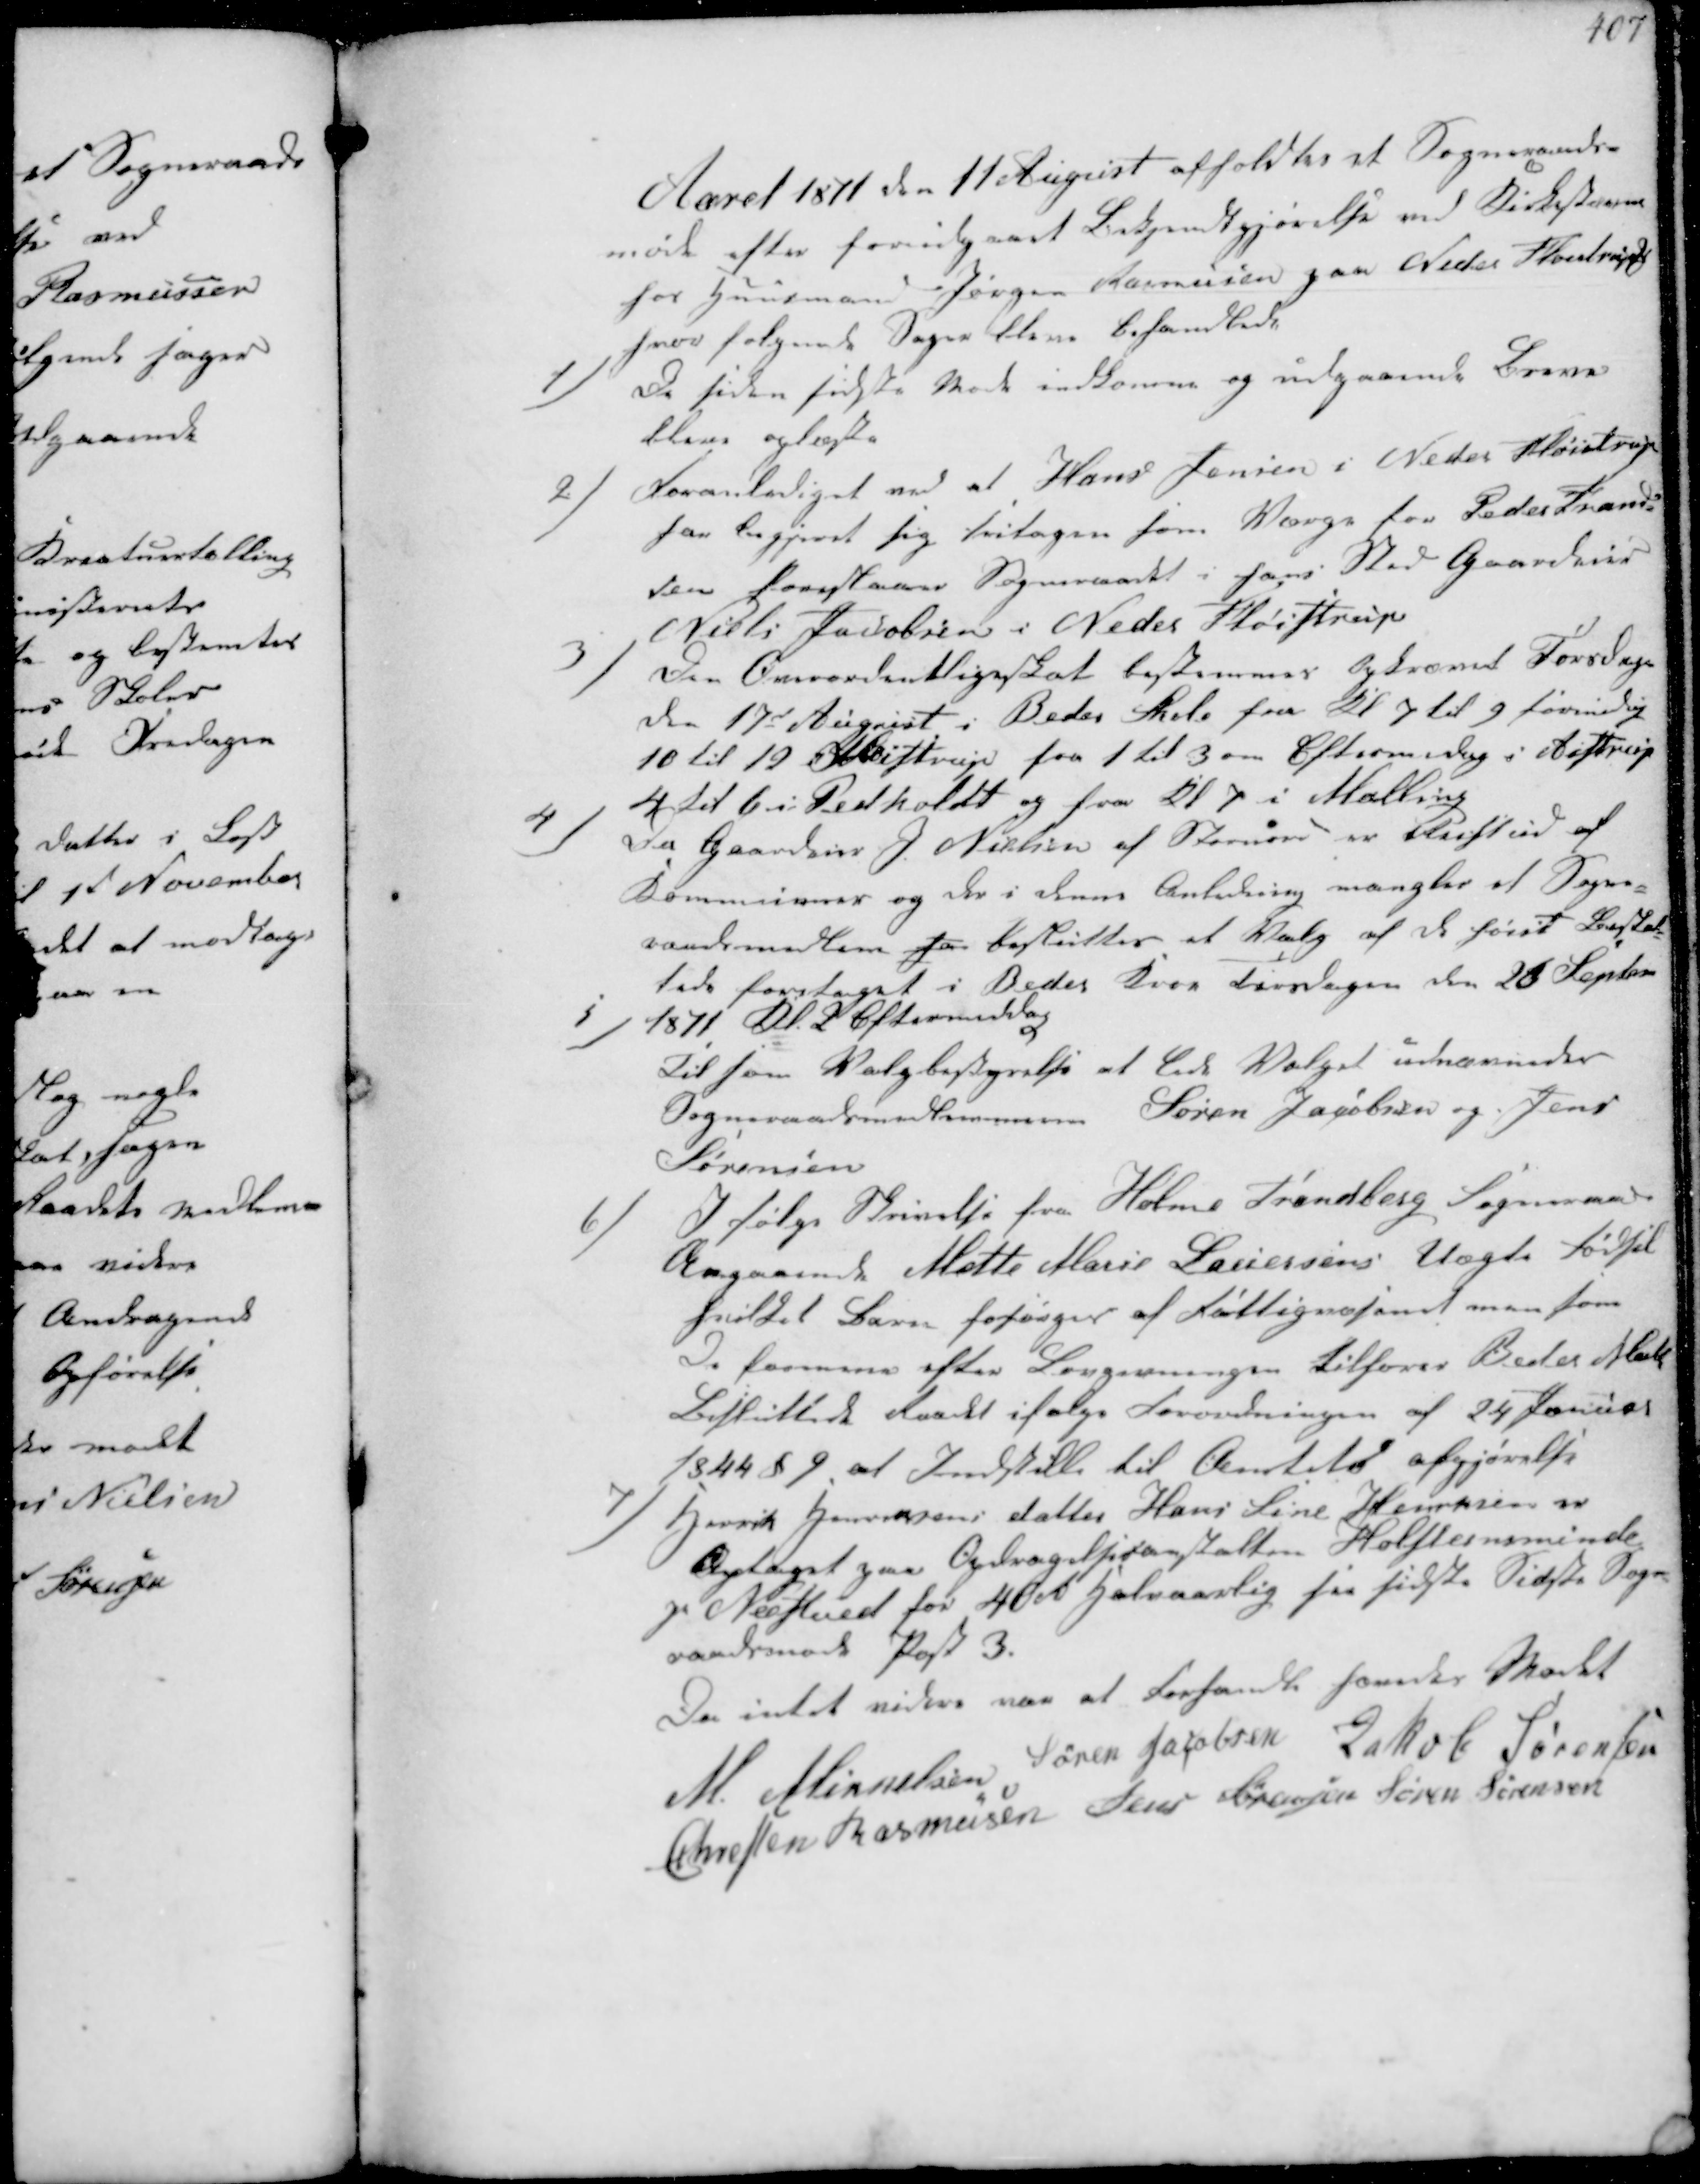
Transskription:
Aaret 1871 den 11 August afholdtes et Sogneraads-
møde efter forudgaaet Bekjendtgjørelse ved Kirkestævne
hos Huusmand Søren Rasmusen paa Neder Fløjstrup ₻
hvor følgende Sager bleve behandlede

1/
De siden sidste Møde indkomne og udgaaende Breve
bleve oplæste

2/
Foranlediget ved at Hans Jensen i Neder Fløistrup
har begjæret sig fritagen som Værge for Peder Frand-
sen foreslaaer Sogneraadet i hans Sted Gaardeier
Niels Jacobsen i Neder Fløistrup

3/
Den Overordentlige Skat bestemmes Opkræves Torsdagen
den 17d August i Beder Skole fra Kl 7 til 9 formiddag
10 til 12 i Aistrup fra 1 til 3 om Eftermidag i Aistrup
4 til 6 i Pedholdt og fra Kl 7 i Malling

4/
Da Gaardeier J Nielsen af Stornord er rejsr ud af
Kommunen og der i denne Anledning mangler et Sogne-
raadsmedlem har besluttes et Valg af de høit Beskat-
tede foretaget i Beder Kroe Tirsdagen den 26 Septem

1871 Kl. 2 Eftermiddag
5/
Til som Valgbestyrelse at lede Valget udnævnedes
Sogneraadsmedlemmerne Søren Jacobsen og Jens
Sørensen

6/
I følge Skrivelse fra Holme Trandberg Sogneraad
Angaaende Mette Marie Laursens uægte Fødsel
hvilket Barn forsørges af Fattigvæsenet men som
De formener efter Lovgivningen tilhører Beder Mall
besluttede Raadet ifølge Forordningen af 24 Januar
1844 § 9 at Indstille til Amtets Afgjørelse

7/
Henrik Jensens datter Hans Sine Henriksen er
Optaget paa Opdragelsesanstalten Holsteinsminde
pr Næstved for 40 Rbd halvaarlig fra sidste Sidste Sogne- 
raadsmøde Post 3.
Da intet videre var at Forhandle hævedes Mødet
M. Mikkelsen Søren Jensen Jakob Sørensen
Christen Rasmussen Jens Sørensen Søren Sørensen